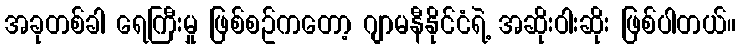
အခုတစ်ခါ ရေကြီးမှု ဖြစ်စဥ်ကတော့ ဂျာမနီနိုင်ငံရဲ့ အဆိုးဝါးဆိုး ဖြစ်ပါတယ်။